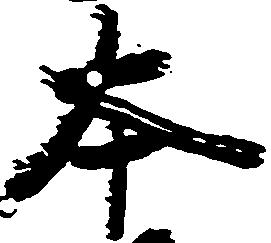
本